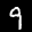
Label: 9